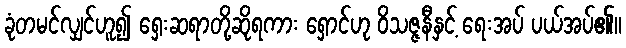
ခုံတမင်လျှင်ဟူ၍ ရှေးဆရာတို့ဆိုရကား ရှောင်ဟု ဝိသဇ္ဇနီနှင့် ရေးအပ် ပယ်အပ်၏။